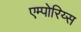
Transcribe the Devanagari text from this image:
एम्पोरिय्स